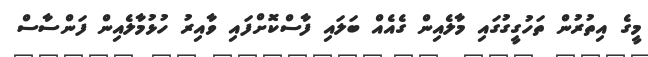
މީގެ އިތުރުން ތަހުގީގުގައި މާލެއިން ގެއެއް ބަލައި ފާސްކޮށްފައި ވާއިރު ހުޅުމާލެއިން ފަންސާސް